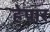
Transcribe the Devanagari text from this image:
हेपार